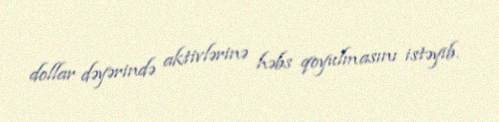
dollar dəyərində aktivlərinə həbs qoyulmasını istəyib.